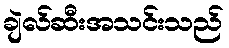
ချဲလ်ဆီးအသင်းသည်